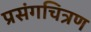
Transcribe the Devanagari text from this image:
प्रसंगचित्रण